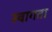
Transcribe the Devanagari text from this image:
स्वागता